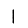
Digit: 1